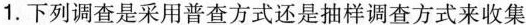
1.下列调查是采用普查方式还是抽样调查方式来收集